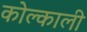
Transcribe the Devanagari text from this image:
कोल्काली